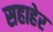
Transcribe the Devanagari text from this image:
सहाहेर